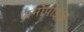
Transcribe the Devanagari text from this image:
थर्मोपाइल